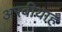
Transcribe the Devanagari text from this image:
अरबीयाह्